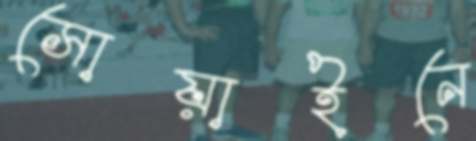
সোয়াইনে